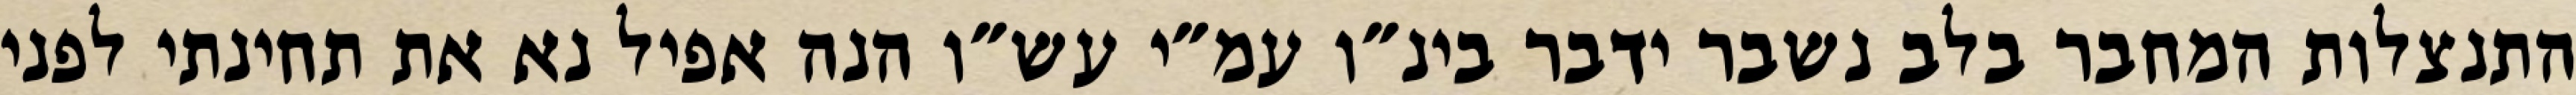
התנצלות המחבר בלב נשבר ידבר בינ״ו עמ״י עש״ו הנה אפיל נא את תחינתי לפני